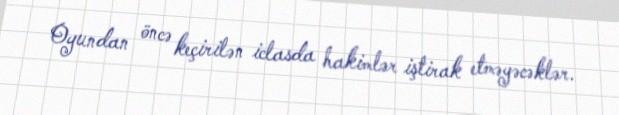
Oyundan öncə keçirilən iclasda hakimlər iştirak etməyəcəklər.